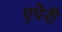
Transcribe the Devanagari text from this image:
एपेरी